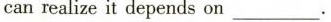
can realize it depends on___.